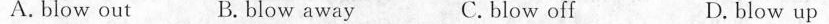
A. blow out B.blow away C. blow off D. blow up